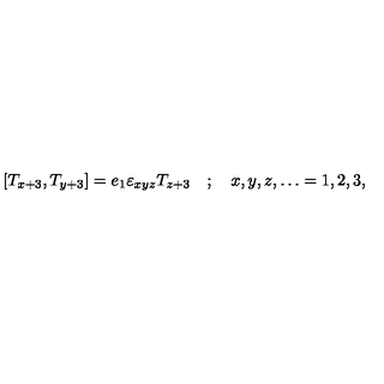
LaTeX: \left[ T _ { x + 3 } , T _ { y + 3 } \right] = e _ { 1 } \varepsilon _ { x y z } T _ { z + 3 } \quad ; \quad x , y , z , \dots = 1 , 2 , 3 ,